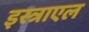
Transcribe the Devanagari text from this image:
इस्त्राएल